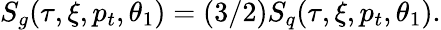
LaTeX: S_{g}(\tau,\xi,p_{t},\theta_{1})=(3/2)S_{q}(\tau,\xi,p_{t},\theta_{1}).